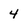
Character: 4